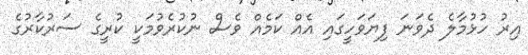
އިރު ހުޅުމާލެ ދެވަނަ ފިޔަވަހީގައި އެއް ކަމެއް ވެސް ނުކުރެވުމަކީ ކުރީގެ ސަރުކާރުގެ